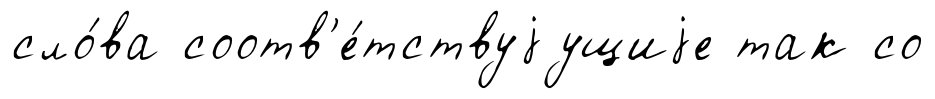
сло́ва соотв'е́тствуjущиjе так со